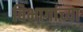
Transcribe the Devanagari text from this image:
विभागांच्‍या